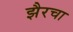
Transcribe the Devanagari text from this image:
झैरचा